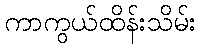
ကာကွယ်ထိန်းသိမ်း